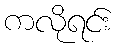
ကလိုရင်း